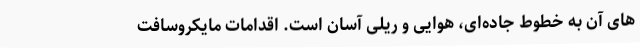
های آن به خطوط جاده‌ای، هوایی و ریلی آسان است. اقدامات مایکروسافت